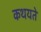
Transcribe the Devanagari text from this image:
कथयते